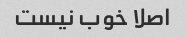
اصلا خوب نیست